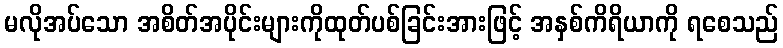
မလိုအပ်သော အစိတ်အပိုင်းများကိုထုတ်ပစ်ခြင်းအားဖြင့် အနှစ်ကိရိယာကို ရစေသည်